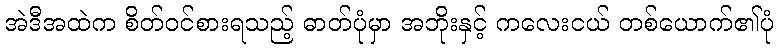
အဲဒီအထဲက စိတ်ဝင်စားရသည့် ဓာတ်ပုံမှာ အဘိုးနှင့် ကလေးငယ် တစ်ယောက်၏ပုံ